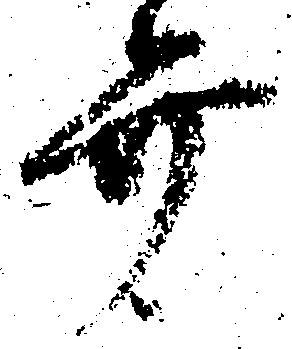
弁